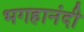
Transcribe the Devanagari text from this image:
भगहानंदी